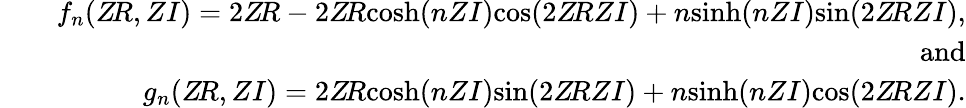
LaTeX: \begin{array}{rlr}&{}&{f_{n}(Z\! R,ZI)=2Z\! R-2Z\! R\textnormal{cosh}(nZI)\textnormal{cos}(2Z\! RZI)+n\textnormal{sinh}(nZI)\textnormal{sin}(2Z\! RZI),}\\ &{}&{\mathrm{and}}\\ &{}&{g_{n}(Z\! R,ZI)=2Z\! R\textnormal{cosh}(nZI)\textnormal{sin}(2Z\! RZI)+n\textnormal{sinh}(nZI)\textnormal{cos}(2Z\! RZI).}\end{array}